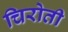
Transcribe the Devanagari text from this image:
चिरोती